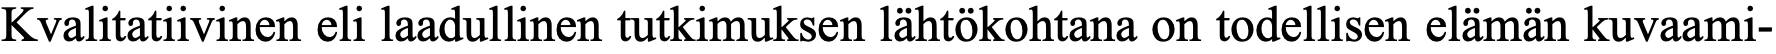
Kvalitatiivinen eli laadullinen tutkimuksen lähtökohtana on todellisen elämän kuvaami-